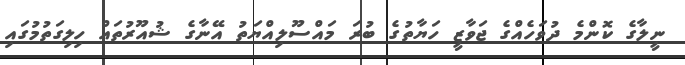
ނީލާގެ ކޮންމެ ދުވަހެއްގެ ޖަވާޒީ ހަޔާތުގެ ބުރަ މައްސޫލިއްޔަތު އޭނާގެ ޝުއޫރުތައް ހިލިގަތުމުގައި